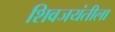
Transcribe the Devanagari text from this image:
शिवजयंतीला